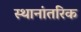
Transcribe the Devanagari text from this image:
स्थानांतरिक